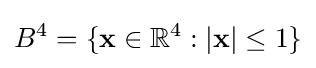
B^{4}=\{\mathbf {x} \in \mathbb {R} ^{4}:|\mathbf {x} |\leq 1\}